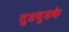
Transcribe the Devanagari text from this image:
तुडबुडके